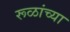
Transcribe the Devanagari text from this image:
रूळांच्या